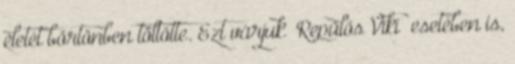
életét börtönben töltötte. Ezt várjuk “Repülős Viki” esetében is,